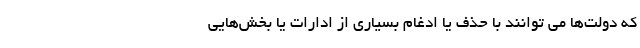
که دولت‌ها می توانند با حذف یا ادغام بسیاری از ادارات یا بخش‌هایی